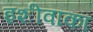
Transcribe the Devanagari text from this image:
इशीवाका